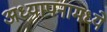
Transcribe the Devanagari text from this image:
अध्यापनामध्ये